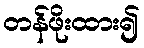
တန်ဖိုးထား၍